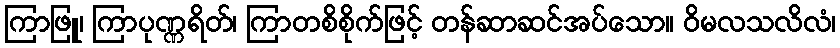
ကြာဖြူ၊ ကြာပုဏ္ဏရိတ်၊ ကြာတစိစိုက်ဖြင့် တန်ဆာဆင်အပ်သော။ ဝိမလသလိလံ၊